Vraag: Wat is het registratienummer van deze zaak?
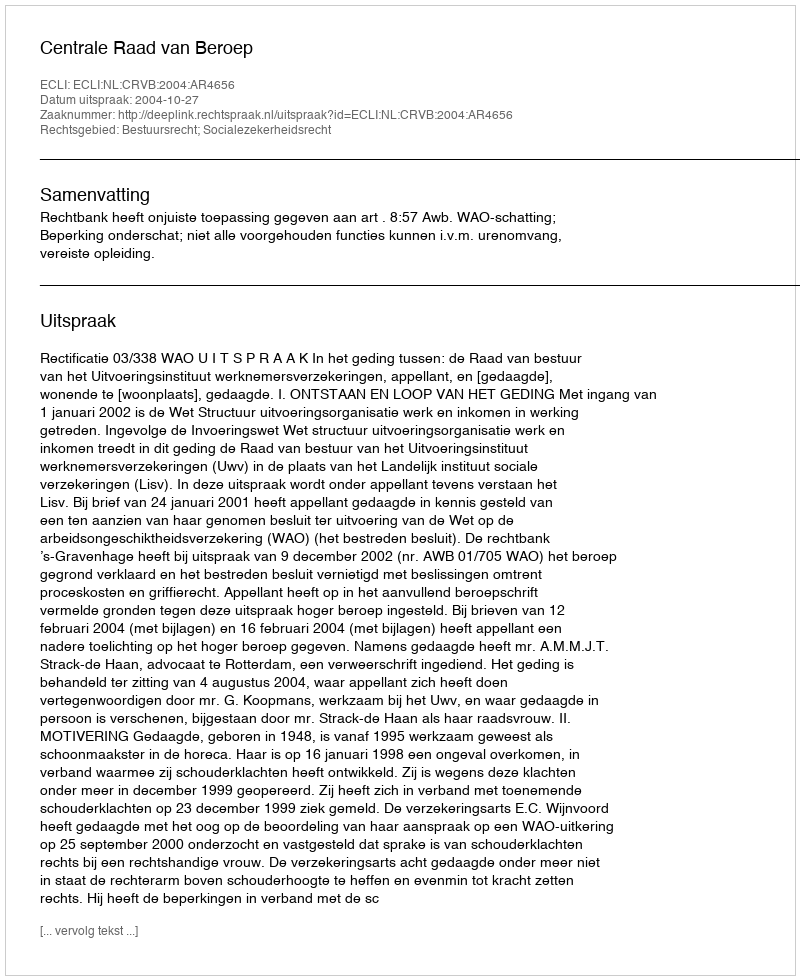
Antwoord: http://deeplink.rechtspraak.nl/uitspraak?id=ECLI:NL:CRVB:2004:AR4656